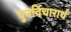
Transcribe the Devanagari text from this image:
पुनर्विचारार्थ